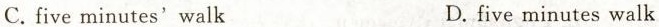
C. five minutes'walk D.five minutes walk